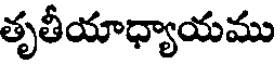
తృతీయాధ్యాయము